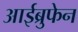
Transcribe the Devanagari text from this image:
आईब्रुफेन